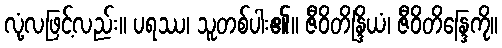
လုံ့လဖြင့်လည်း။ ပရဿ၊ သူတစ်ပါး၏။ ဇီဝိတိန္ဒြိယံ၊ ဇီဝိတိန္ဒြေကို။